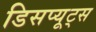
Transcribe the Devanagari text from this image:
डिसप्यूट्स